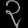
Digit: ၃